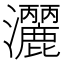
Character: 𭳺